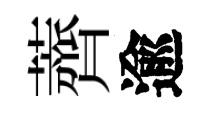
薺逾